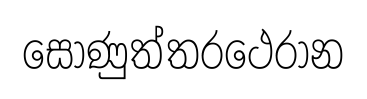
සොණුත්තරථෙරාන